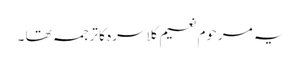
یہ مرحوم نعیم کلاسرہ کا ترجمہ تھا ۔